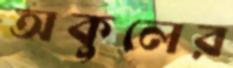
অকুলের